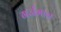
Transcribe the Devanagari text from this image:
गर्जमान